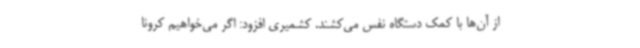
از آن‌ها با کمک دستگاه نفس می‌کشند. کشمیری افزود: اگر می‌خواهیم کرونا